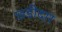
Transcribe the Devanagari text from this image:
छ्डीदार